Indian journal of veterinary science and animal husbandry - Volume 1,
Year: 1931
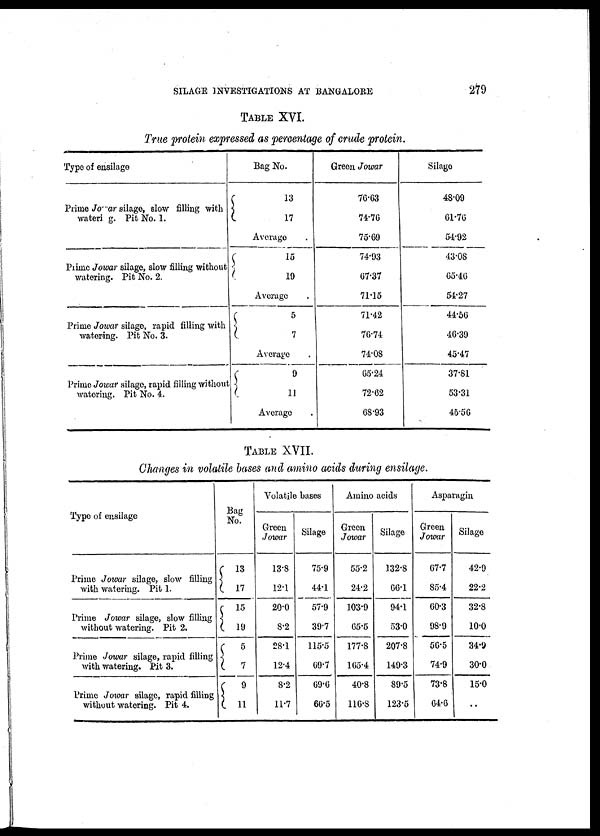
SILAGE INVESTIGATIONS AT BANGALORE
279
TABLE XVI.
True protein expressed as percentage of crude protein.
Type of ensilage
Prime Jowar silage, slow filling with
watering. Pit No. 1.
Prime Jowar silage, slow filling without
watering. Pit No. 2.
Prime Jowar silage, rapid filling with
watering. Pit No. 3.
Prime Jowar silage, rapid filling without
watering. Pit No. 4.
Bag No.
13
17
Average
15
19
Average
5
7
Average
9
11
Average
Green Jowar
76.63
74.76
75.76
74.93
67.37
71.15
71.42
76.74
74.08
65.24
72.62
68.93
Silage
48.09
61.76
54.92
43.08
65.46
54.27
44.56
46.39
45.47
37.81
53.31
45.56
TABLE XVII.
Changes in volatile bases and amino acids during ensilage.
Type of ensilage
Prime Jowar silage, slow filling
with watering. Pit 1.
Prime Jowar silage, slow filling
without watering. Pit 2.
Prime Jowar silage, rapid filling
with watering. Pit 3.
Prime Jowar silage, rapid filling
without watering. Pit 4.
Bag
No.
13
17
15
19 5
7
9
11
Volatile bases
Green
Jowar
13.8
12.1
20.0
8.2
28.1
12.4
8.2
11.7
Silage
75.9
44.1
57.9
39.7
115.5
69.7
69.6
66.5
Amino acids
Green
Jowar
55.2
24.2
103.9
65.5
177.8
165.4
40.8
116.8
Silage
132.8
66.1
94.1
53.0
207.8
149.3
89.5
123.5
Asparagin
Green
Jowar
67.7
85.4
60.3
98.9
56.5
74.9
73.8
64.6
Silage
42.9
22.2
32.8
10.0
34.9
30.0
15.0
..